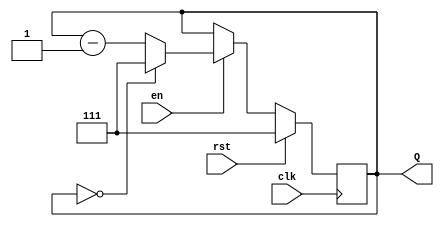
module binary_down_counter #(
    parameter MAX_COUNT = 8 // Define the maximum count value (e.g., 8 for 3-bit counter)
)(
    input wire clk,          // Clock input
    input wire rst,          // Reset input (active high)
    input wire en,           // Enable input
    output reg [2:0] Q       // Output count (3 bits to accommodate MAX_COUNT of 8)
);

    // Initialize the counter to the maximum count value
    initial begin
        Q = MAX_COUNT - 1; // Set initial count to MAX_COUNT - 1
    end

    always @(posedge clk) begin
        if (rst) begin
            Q <= MAX_COUNT - 1; // Reset to maximum value
        end else if (en) begin
            if (Q == 0) begin
                Q <= MAX_COUNT - 1; // Wrap around to maximum value
            end else begin
                Q <= Q - 1; // Decrement the count
            end
        end
    end

endmodule